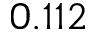
0 . 1 1 2